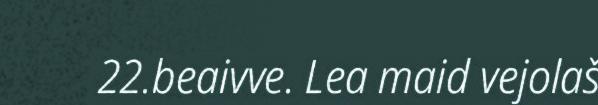
22.beaivve. Lea maid vejolaš